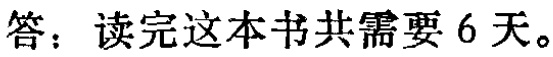
答：读完这本书共需要 6 天。